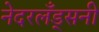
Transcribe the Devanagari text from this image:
नेदरलँड्सनी